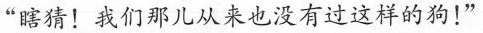
“瞎猜!我们那儿从来也没有过这样的狗!”